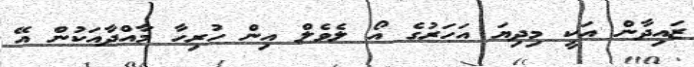
ޒައިދާން އަކީ މިދިޔަ އަހަރުގެ އޯ ލެވެލް އިން ހުރިހާ މާއްދާއަކުން އޭ